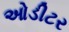
ઓડીટર